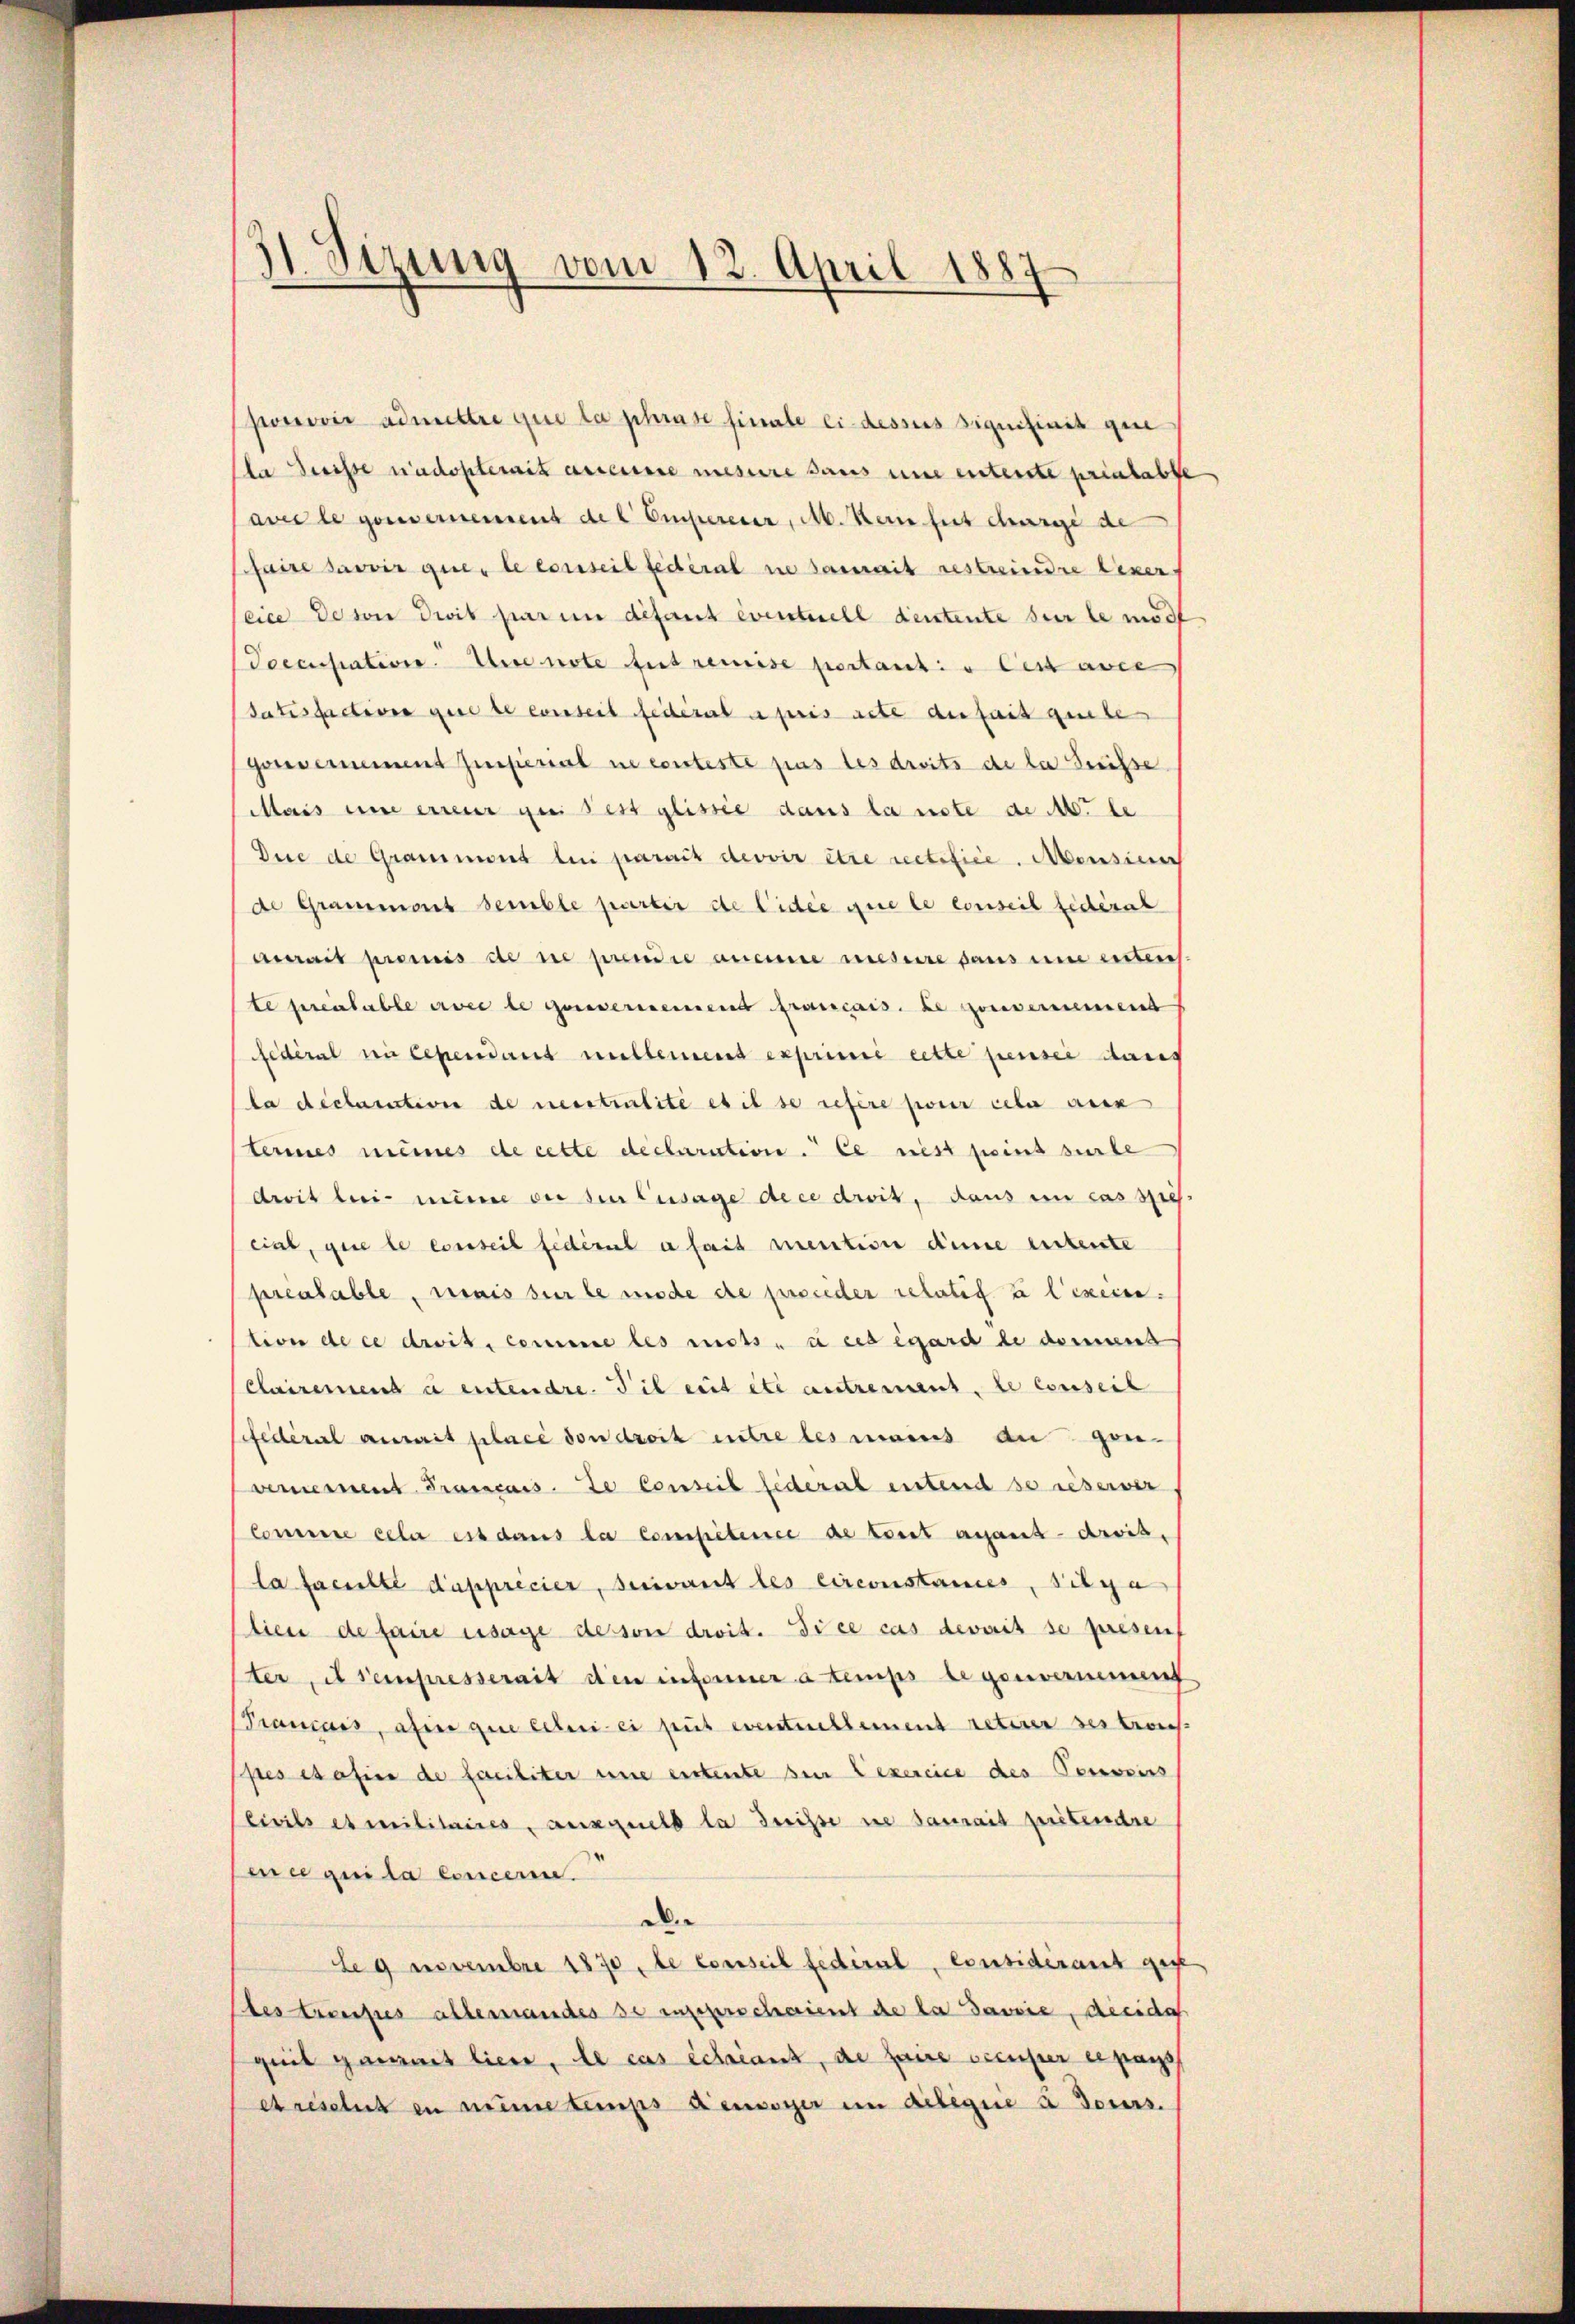
)
)
Sizung vom 12. April 1887

ponović admittre que la phrase hinabe ein desses signifinit gene
la Suisse n’adopterait accesse mesure dans une enterste prialabte
aedle gouvernement de l Ompereuer, M. Kein hat derge de
faire savoir que le conseil fédéral nie damit restreindre Lexer
cice de son drit par in defernt eventuell dentente sur le mod
Poccupation. Die note fest remise pertanti u Ces acce
Satisfaction gere de conseit federate pris acte disait guete
gouvernement Zinserial ne conteste pas les droits de la Suisse
Mais une erreur qui est glistie dans la nste de le
Die de Grammont lui parait devoir être rectifice. Monsinn
de Grammont semble partir de Cidée que le conseil fédéral
aurait promis de ne prende aucune mesure sans um einstein
te freitable erweite gouvernemend francais. de Gouvernement
federal en cependant viellement exprime cette penser dans
la déclarative de neustrialité et il se refere pour ceter aus
terines meines de cette declaration. Le nest point surte
droit lei- meine der den Zusage de ce droit, daus en cas sich
cial, que le conseil fédéral a fait mention denne enterste
préalable, mais sur le mode de persieder relatig & lexein.
tion de ce droit, comme les mots à ces égard de donnens
Clairemend u entendre. die eint etc antrement, le conseil
Pfederal aurait place von droit entre les maines an ganvernement Français. Le conseil federal einstend so reserver
Concurre cela est dans la competence de tout ausant-droit,
la faculté d’apprécier, suivant les circonstances, Sitza
lien de faire usage desson droit. Si ce cas devait se presens
ter, et sempresserait den informer a temps de genommenf
Prancois, afin que leben ei peut eventuellement retirer verbrach
pes es afin de faciliter eine eitente sie Lexercice des Censweiss
Civils et militaires, ausgeelt la disse ne saurait prétendre
ence gei da Concerne
De
Le 9 Novembre 1870, be Conseil fédéral, Considérant gege
Les trousses allemandes seinerschaient de la Savvie, Reside
quil garait lieu, le cas échéant, de faire occuper er pays
Aresclut in neune temps denserer im Arbegine u Tours.